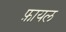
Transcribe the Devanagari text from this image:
फ़ायल